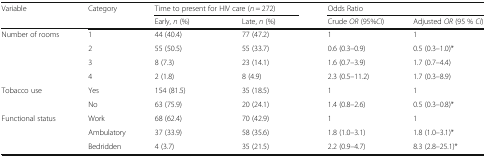
<table><thead><tr><td rowspan="2"><b>Variable</b></td><td rowspan="2"><b>Category</b></td><td colspan="2"><b>Time to present for HIV care (<i>n</i> = 272)</b></td><td colspan="2"><b>Odds Ratio</b></td></tr><tr><td><b>Early, <i>n</i> (%)</b></td><td><b>Late, <i>n</i> (%)</b></td><td><b>Crude <i>OR</i> (95%<i>CI</i>)</b></td><td><b>Adjusted <i>OR</i> (95 % <i>CI</i>)</b></td></tr></thead><tbody><tr><td rowspan="4">Number of rooms</td><td>1</td><td>44 (40.4)</td><td>77 (47.2)</td><td>1</td><td>1</td></tr><tr><td>2</td><td>55 (50.5)</td><td>55 (33.7)</td><td>0.6 (0.3–0.9)</td><td>0.5 (0.3–1.0)*</td></tr><tr><td>3</td><td>8 (7.3)</td><td>23 (14.1)</td><td>1.6 (0.7–3.9)</td><td>1.7 (0.7–4.4)</td></tr><tr><td>4</td><td>2 (1.8)</td><td>8 (4.9)</td><td>2.3 (0.5–11.2)</td><td>1.7 (0.3–8.9)</td></tr><tr><td rowspan="2">Tobacco use</td><td>Yes</td><td>154 (81.5)</td><td>35 (18.5)</td><td>1</td><td>1</td></tr><tr><td>No</td><td>63 (75.9)</td><td>20 (24.1)</td><td>1.4 (0.8–2.6)</td><td>0.5 (0.3–0.8)*</td></tr><tr><td rowspan="3">Functional status</td><td>Work</td><td>68 (62.4)</td><td>70 (42.9)</td><td>1</td><td>1</td></tr><tr><td>Ambulatory</td><td>37 (33.9)</td><td>58 (35.6)</td><td>1.8 (1.0–3.1)</td><td>1.8 (1.0–3.1)*</td></tr><tr><td>Bedridden</td><td>4 (3.7)</td><td>35 (21.5)</td><td>2.2 (0.9–4.7)</td><td>8.3 (2.8–25.1)*</td></tr></tbody></table>